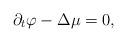
LaTeX: \begin{align*} \partial_t \varphi - \Delta \mu= 0, \end{align*}